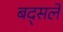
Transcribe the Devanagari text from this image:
बद्सले